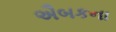
ઐબકના